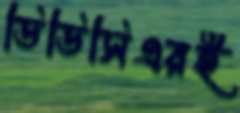
ডিডিসিএরই